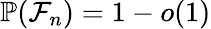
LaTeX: \mathbb{P}(\mathcal{F}_{n})=1-o(1)